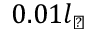
0 . 0 1 l _ { \perp }